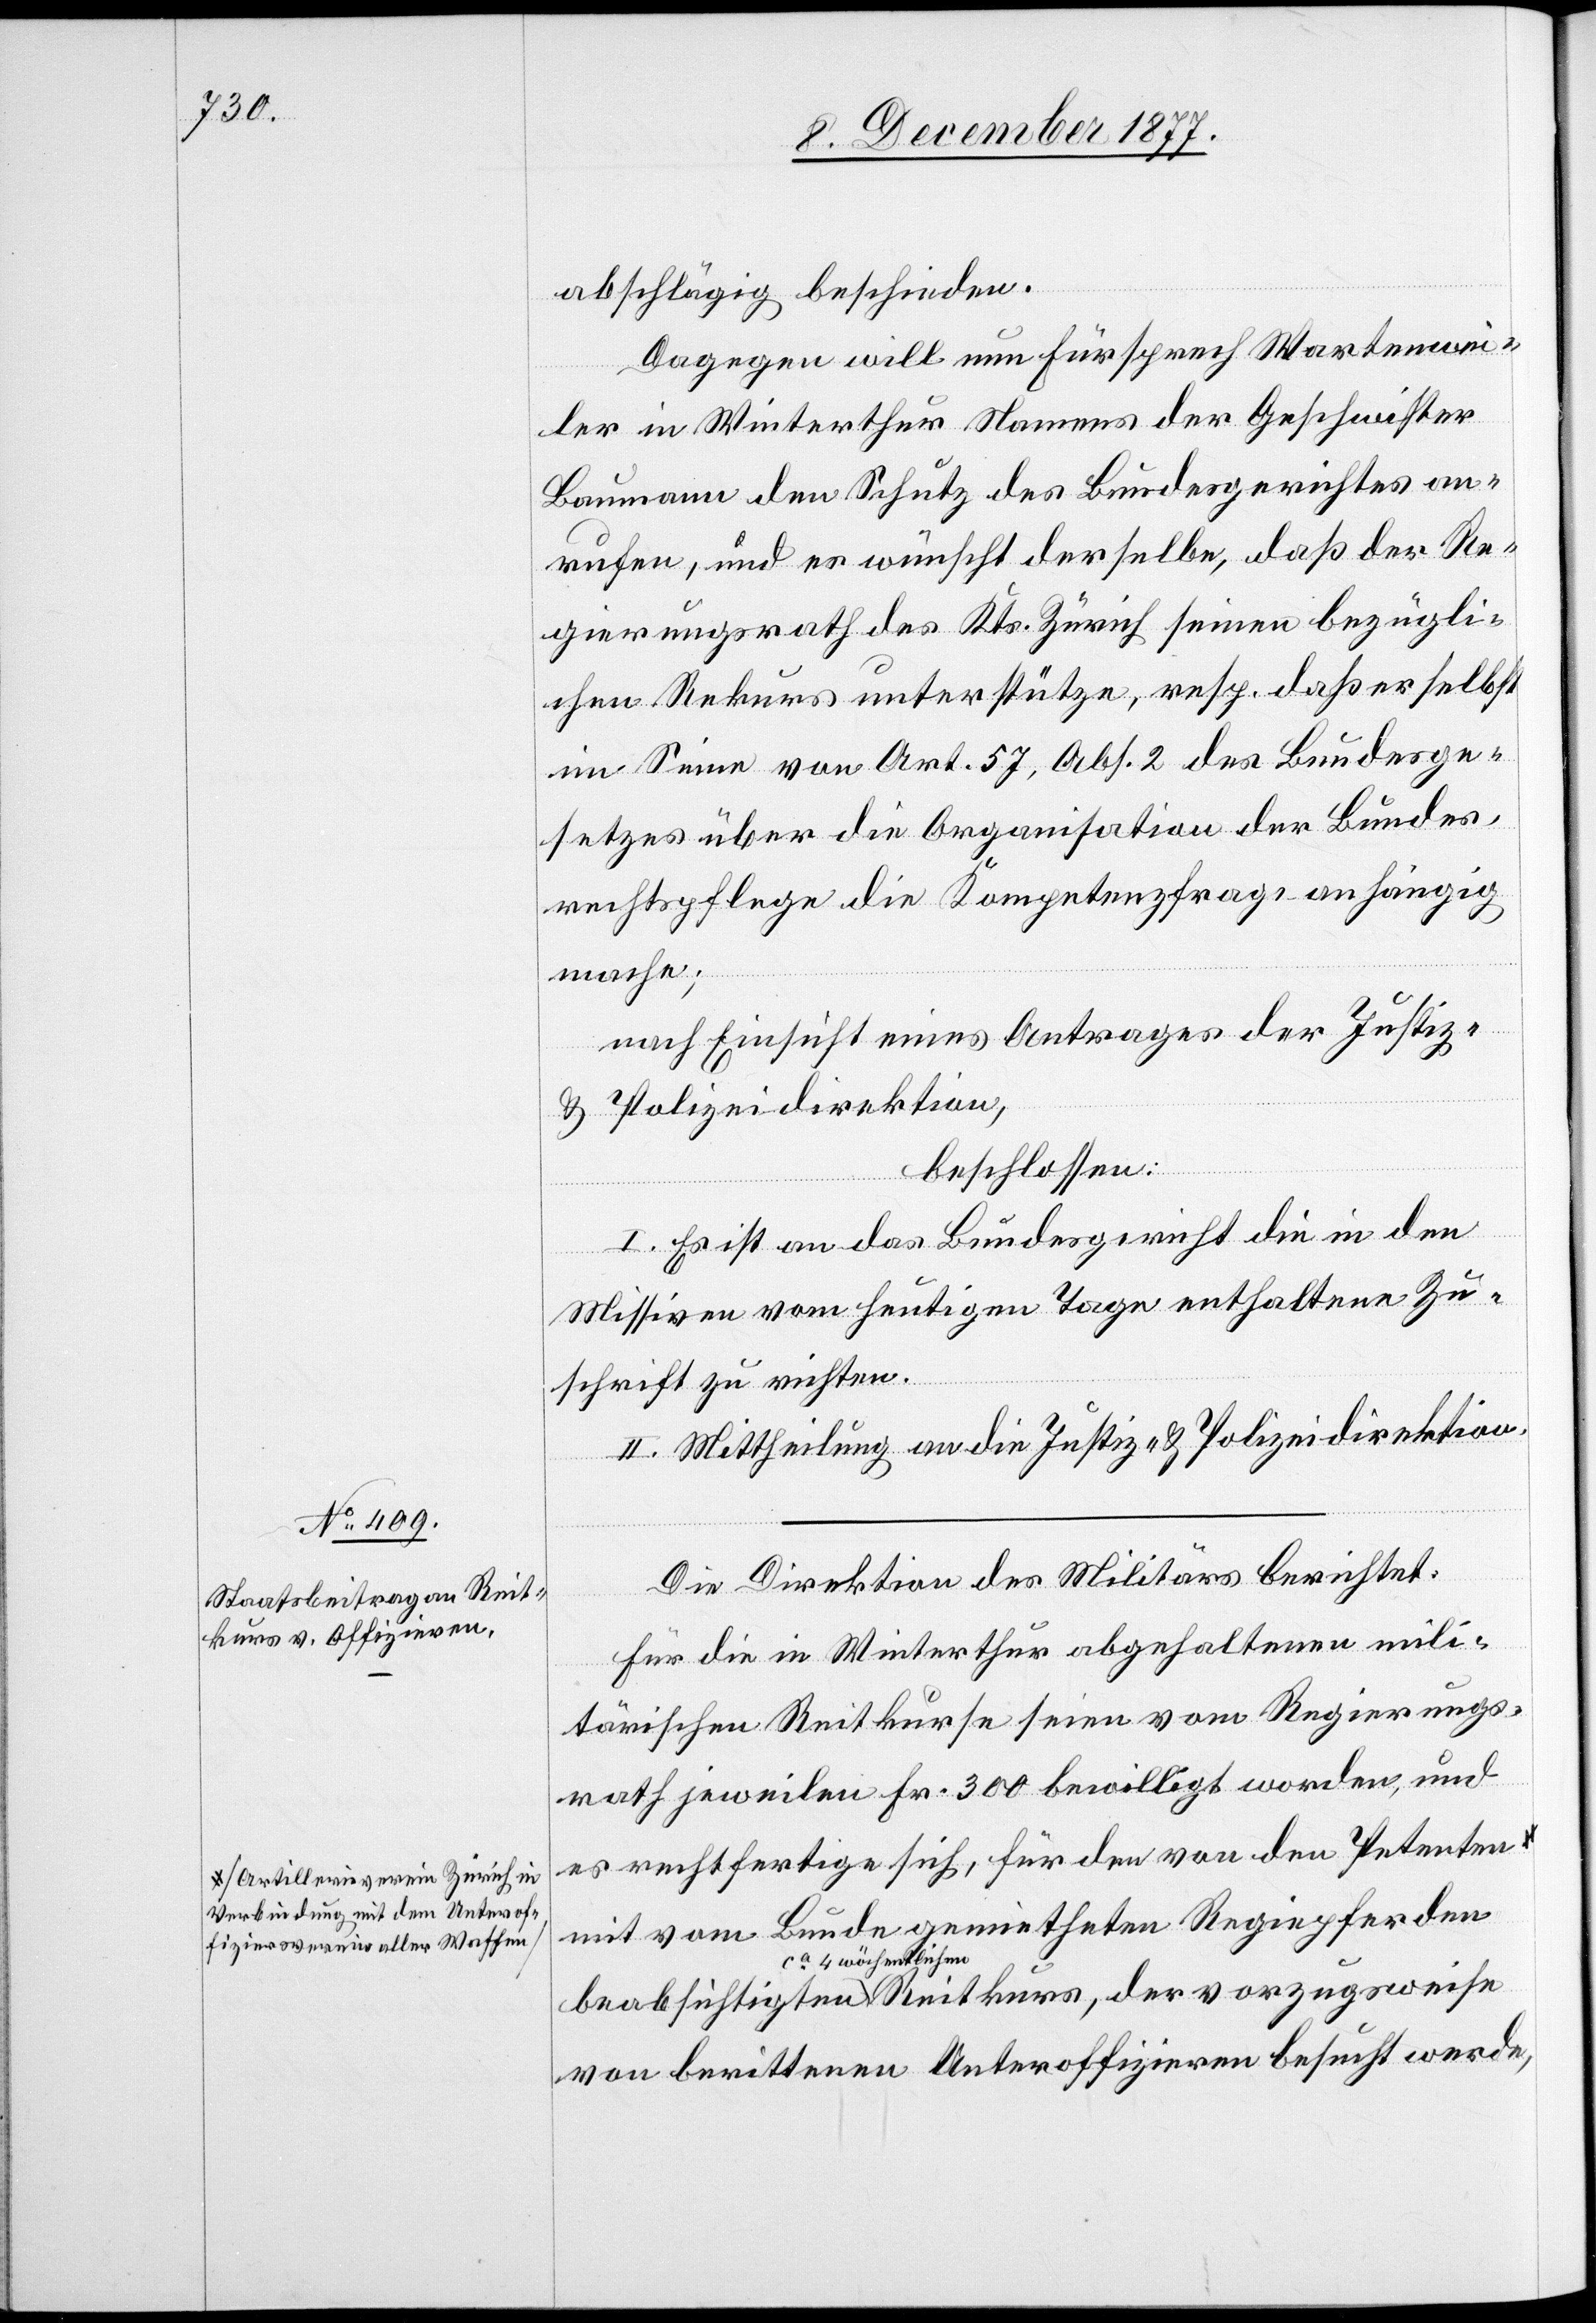
a-Artillerieverein Zürich in
Verbindung mit dem Unterof¬
fiziersverein aller Waffen-a

abschlägig beschieden.
Dagegen will nun Fürsprech Wartenwei¬
ler in Winterthur Namens der Geschwister
Baumann den Schutz des Bundesgerichtes an¬
rufen, und es wünscht derselbe, daß der Re¬
gierungsrath des Kts. Zürich seinen bezügli¬
chen Rekurs unterstütze, resp. daß er selbst
im Sinne von Art. 57, Abs. 2 des Bundesge¬
setzes über die Organisation der Bundes¬
rechtspflege die Kompetenzfrage anhängig
mache;
nach Einsicht eines Antrages der Justiz-
& Polizeidirektion,
beschlossen:
I. Es ist an das Bundesgericht die in den
Missiven vom heutigen Tage enthaltene Zu¬
schrift zu richten.
II. Mittheilung an die Justiz- & Polizeidirektion.
Die Direktion des Militärs berichtet:
Für die in Winterthur abgehaltenen mili¬
tärischen Reitkurse seien vom Regierungs¬
rath jeweilen Fr. 300 bewilligt worden, und
es rechtfertige sich, für den von den Petenten
mit vom Bunde gemietheten Regiepferden
ca 4 wöchentlichen
von berittenen Unteroffizieren besucht werde,

der